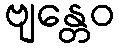
ဗျန္တေဝ